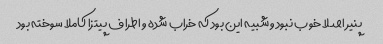
پنیر اصلا خوب نبود و شبیه این بود که خراب شده و اطراف پیتزا کاملا سوخته بود